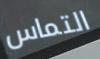
التماس